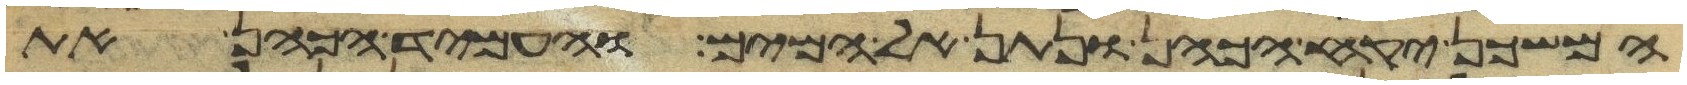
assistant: המשכן יקח הכהן ונתן אל המים והעמיד הכהן את